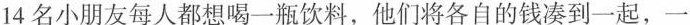
14名小朋友每人都想喝一瓶饮料，他们将各自的钱凑到一起，一